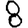
Digit: 8